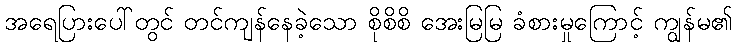
အရေပြားပေါ်တွင် တင်ကျန်နေခဲ့သော စိုစိစိ အေးမြမြ ခံစားမှုကြောင့် ကျွန်မ၏